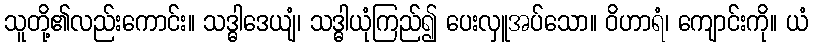
သူတို့၏လည်းကောင်း။ သဒ္ဓါဒေယျံ၊ သဒ္ဓါယုံကြည်၍ ပေးလှူအပ်သော။ ဝိဟာရံ၊ ကျောင်းကို။ ယံ